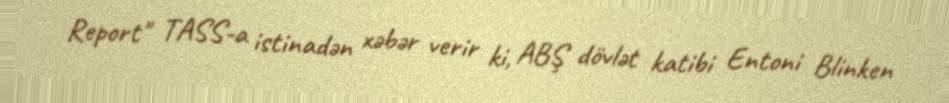
Report" TASS-a istinadən xəbər verir ki, ABŞ dövlət katibi Entoni Blinken